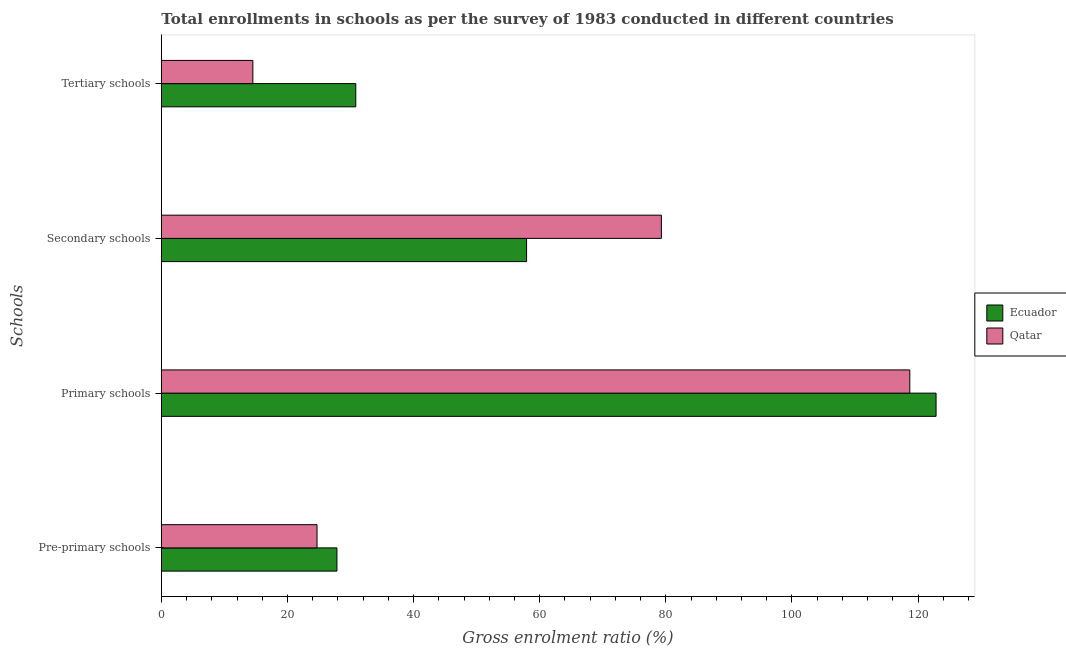
| Schools | Ecuador | Qatar |
 | --- | --- | --- |
 | Pre-primary schools | 27.8 | 24.7 |
 | Primary schools | 123 | 119 |
 | Secondary schools | 57.9 | 79.3 |
 | Tertiary schools | 30.8 | 14.5 |